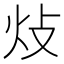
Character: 𤆝